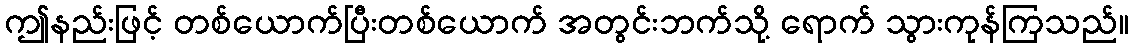
ဤနည်းဖြင့် တစ်ယောက်ပြီးတစ်ယောက် အတွင်းဘက်သို့ ရောက် သွားကုန်ကြသည်။